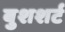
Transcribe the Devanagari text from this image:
बुशशर्ट